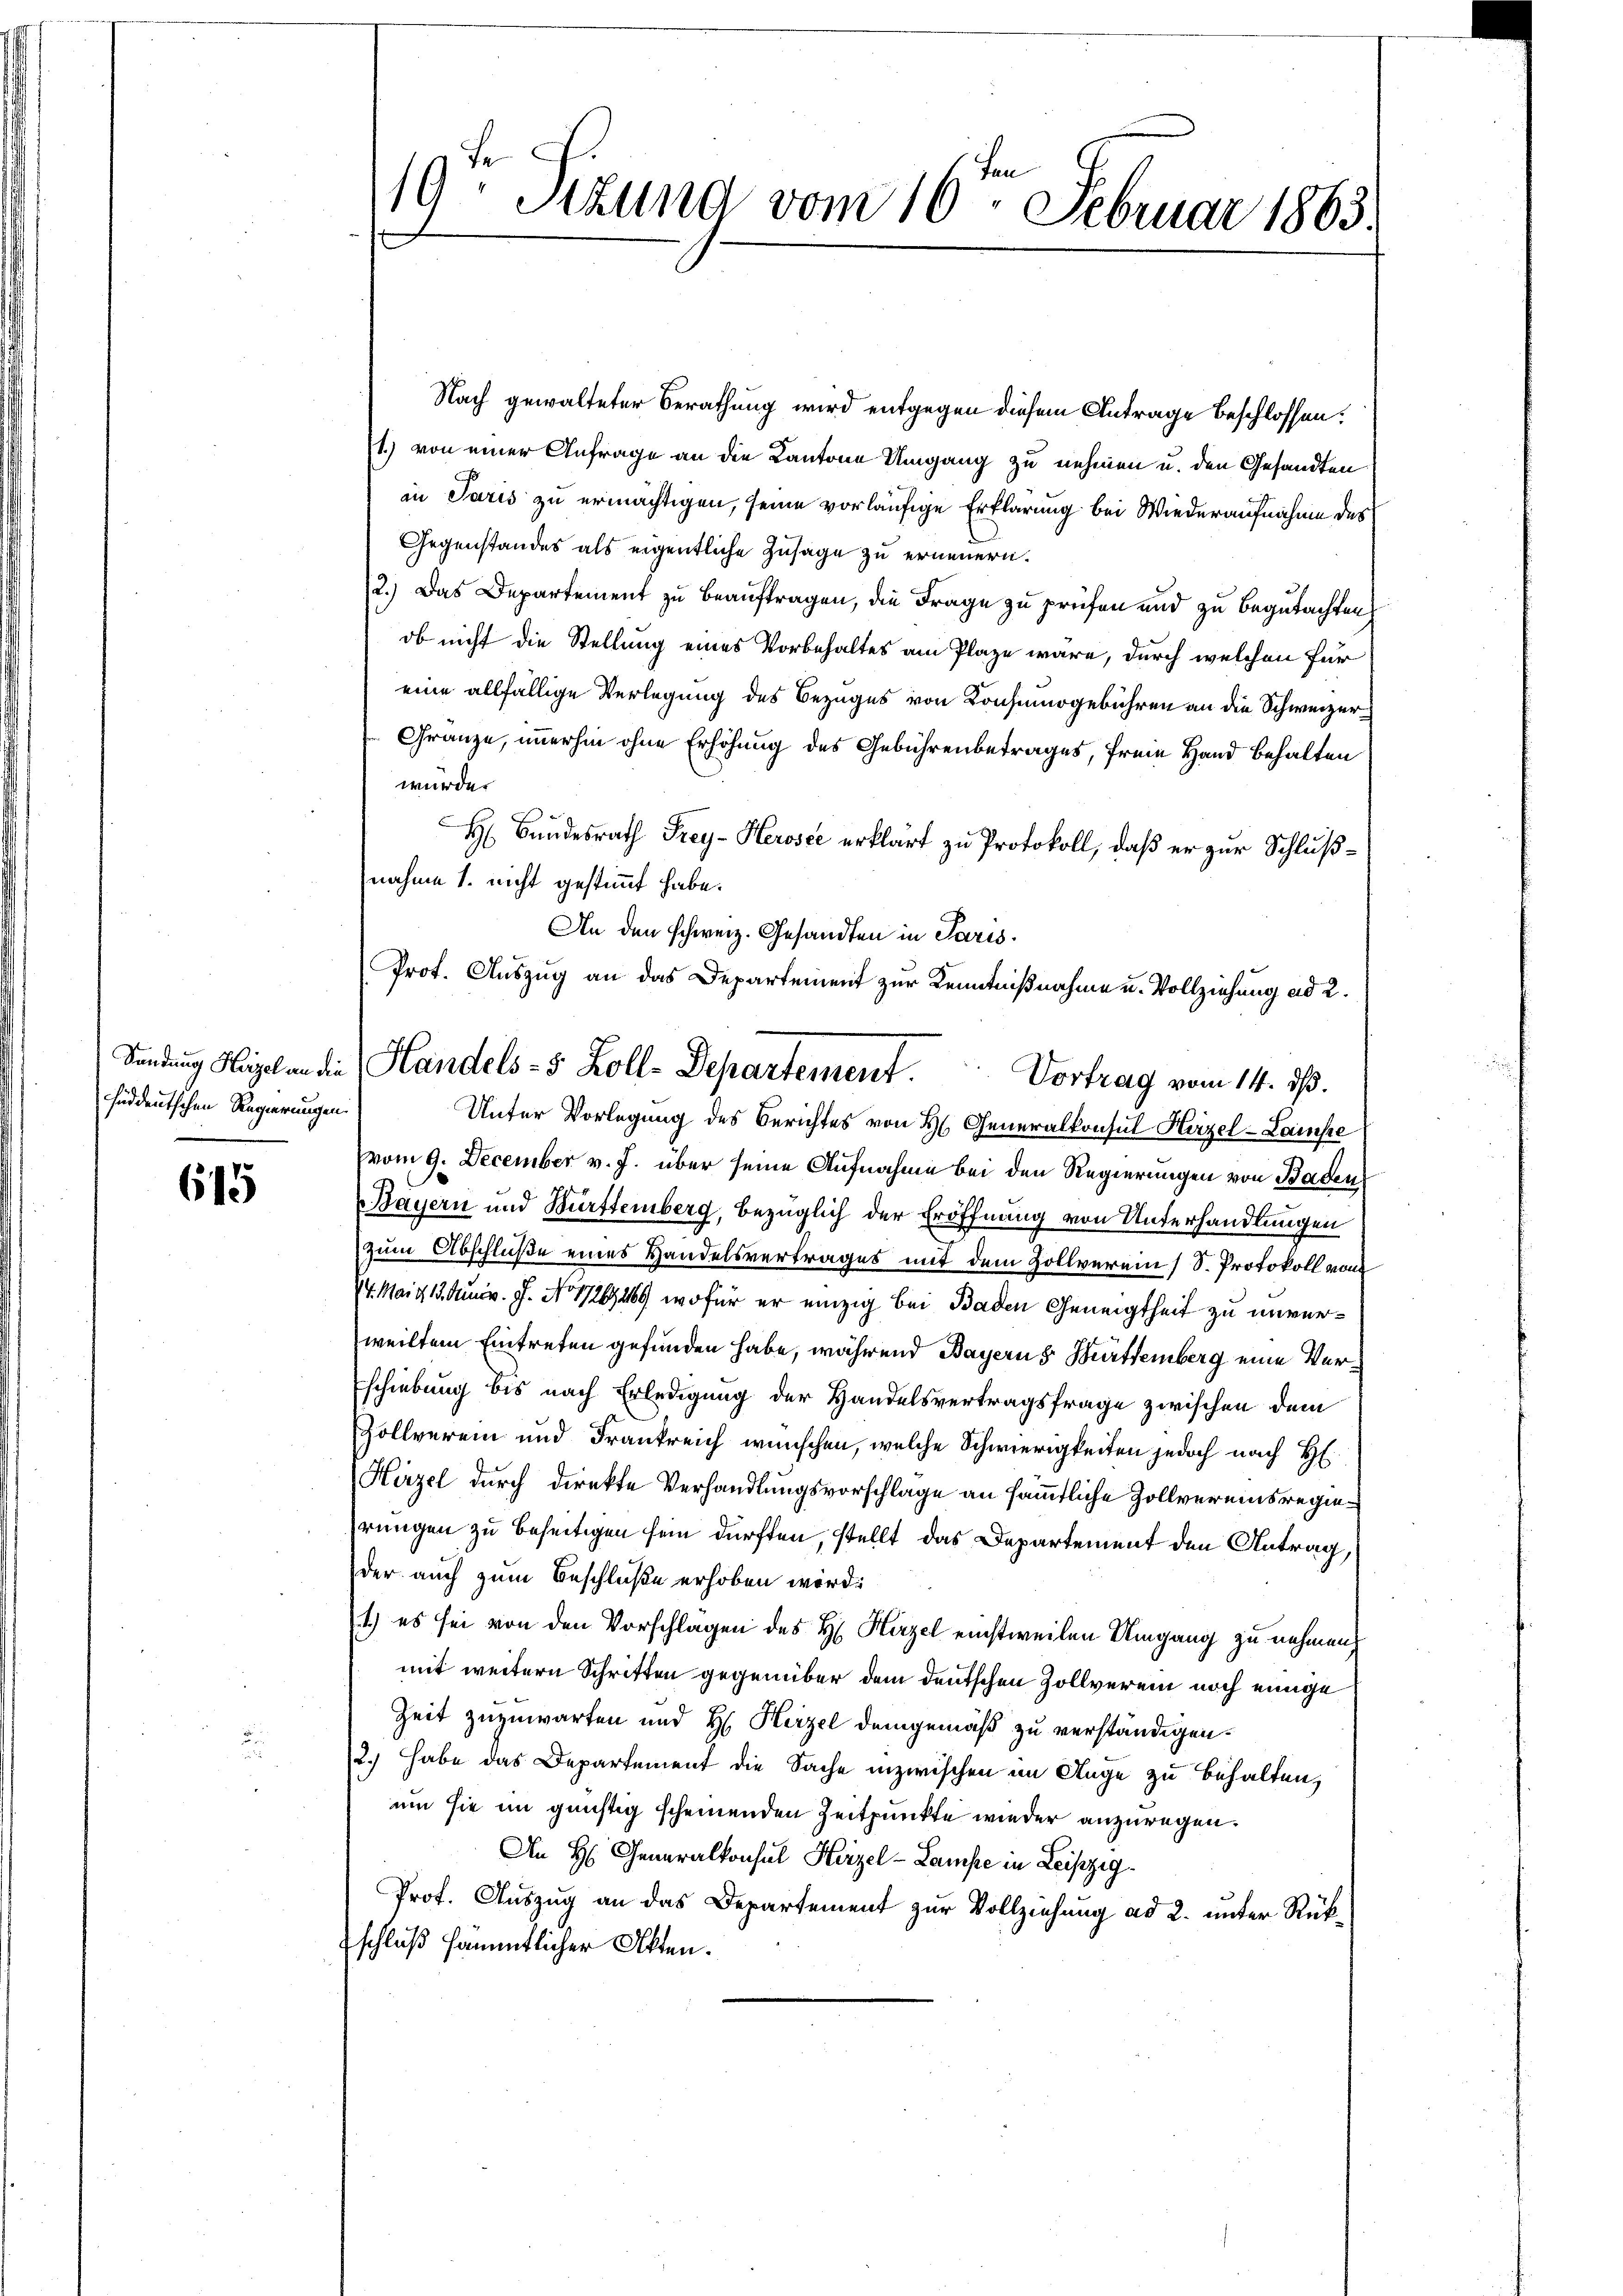
huddeutschen Regierungen.

615

u

Nach gewalteter Berathung wird entgegen diesem Antrage beschlossen:
1) von einer Anfrage an die Kantone Umgang zu nehmen u. den Gesandten
in Paris zu ermächtigen, seine vorläufige Erklärung bei Wiederaufnahme des
Gegenstandes als eigentliche Zusage zu erneuern.
2.) Das Departement zu beauftragen, die Frage zu prüfen und zu begutachten
ob nicht die Stellung eines Vorbehaltes am Plaze wäre, durch welchen für
eine allfällige Verlegung des Bezuges von Konsinogebühren an die Schweizer¬
Gränze, immerhin ohne Erhöhung des Gebührenbetrages, freie Hand behalten
wurde.
H: Bundesrath Frey-Herosee erklärt zu Protokoll, daß er zur Schlußnahme 1. nicht gestimmt habe.
An den schweiz. Gesandten in Paris.
Unter Vorlegung des Berichtes von H. Generalkonsul Hirzel-Laise
vom 9. December v. J. über seine Aufnahme bei den Regierungen von Baden
Bayern und Bürttemberg, bezüglich der Eröffnung von Unterhandlungen
zum Abschluße eines Handelsvertrages mit dem Zollverein (S. Protokoll von
14. Mai 13. Jun. J. No 1726469, wofür er einzig bei Baden Geneigtheit zu unverweiltem Eintreten gefunden habe, während Bayern s. Württemberg eine Verschiebung bis nach Erledigung der Handelsvertragsfrage zwischen dem
Zollverein und Frankreich wünschen, welche Schwierigkeiten jedoch nach H
Hirzel durch direkte Verhandlungsvorschlage an sämmtliche Zollvereinsregierungen zu beseitigen sein dürften, stellt das Departement den Antrag,
der auch zum Beschluße erhoben wird.
) es sei von den Vorschlagen des H. Hirzel einstweilen Umgang zu nehmen.
mit weitern Schritten gegenüber dem deutschen Zollverein noch einige
Zeit zuzuwarten und H. Herzel demgemäß zu verständigen.
2.) Habe das Departement die Sache inzwischen im Auge zu behalten,
um sie im günstig scheinenden Zeitpunkte wieder anzuregen.
An H. Generalkonsul Hirzel-Lampe in Leipzig
Prof. Auszug an das Departement zur Vollziehung ad 2. unter Rückschluß sämmtlicher Akten.

19 Stund vom 10. Februar 1863.

Prot. Auszug an das Departement zur Kenntnißnahme u. Vollziehung ad 2.
Sendung Nagel in die Handels- 5 Zoll-Departement.
Vortrag vom 14. dß.